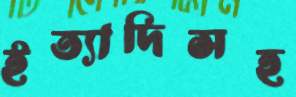
ইত্যাদিসহ